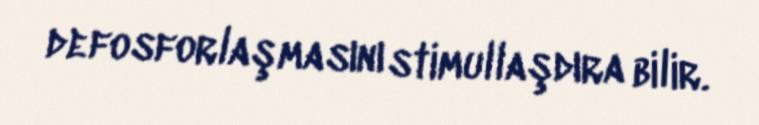
defosforlaşmasını stimullaşdıra bilir.